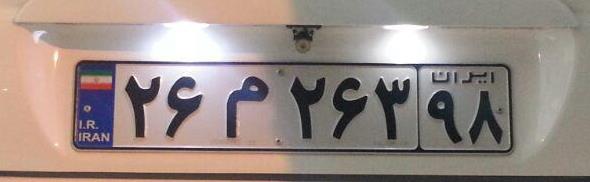
۲۶م۲۶۳۹۸